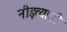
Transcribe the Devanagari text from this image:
नीड़त्यागी